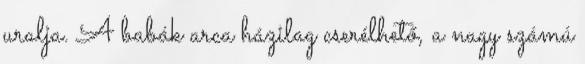
uralja. A babák arca házilag cserélhető, a nagy számú